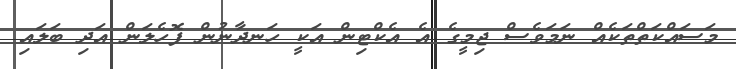
މަސައްކަތްތަކެއް ނަމަވެސް ޖިމީގެ އެ އެކްޓިން އަކީ ހަނދާނުން ފޮހެލަން އަދި ބަލައި